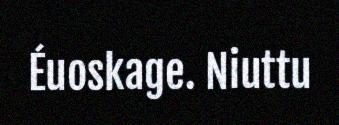
Éuoskage. Niuttu